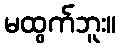
မထွက်ဘူး။